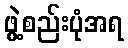
ဖွဲ့စည်းပုံအရ